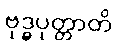
ဗုဒ္ဓပုတ္တာတိ